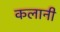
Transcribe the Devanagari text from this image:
कलानी